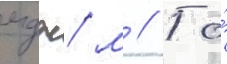
мдж/ м // То́